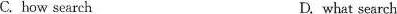
C. how search D. what search